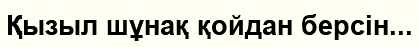
Қызыл шұнақ қойдан берсiн...